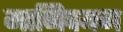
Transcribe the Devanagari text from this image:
मानिक्यम